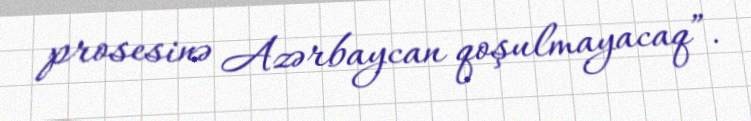
prosesinə Azərbaycan qoşulmayacaq”.